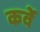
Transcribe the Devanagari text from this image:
कर्वेे